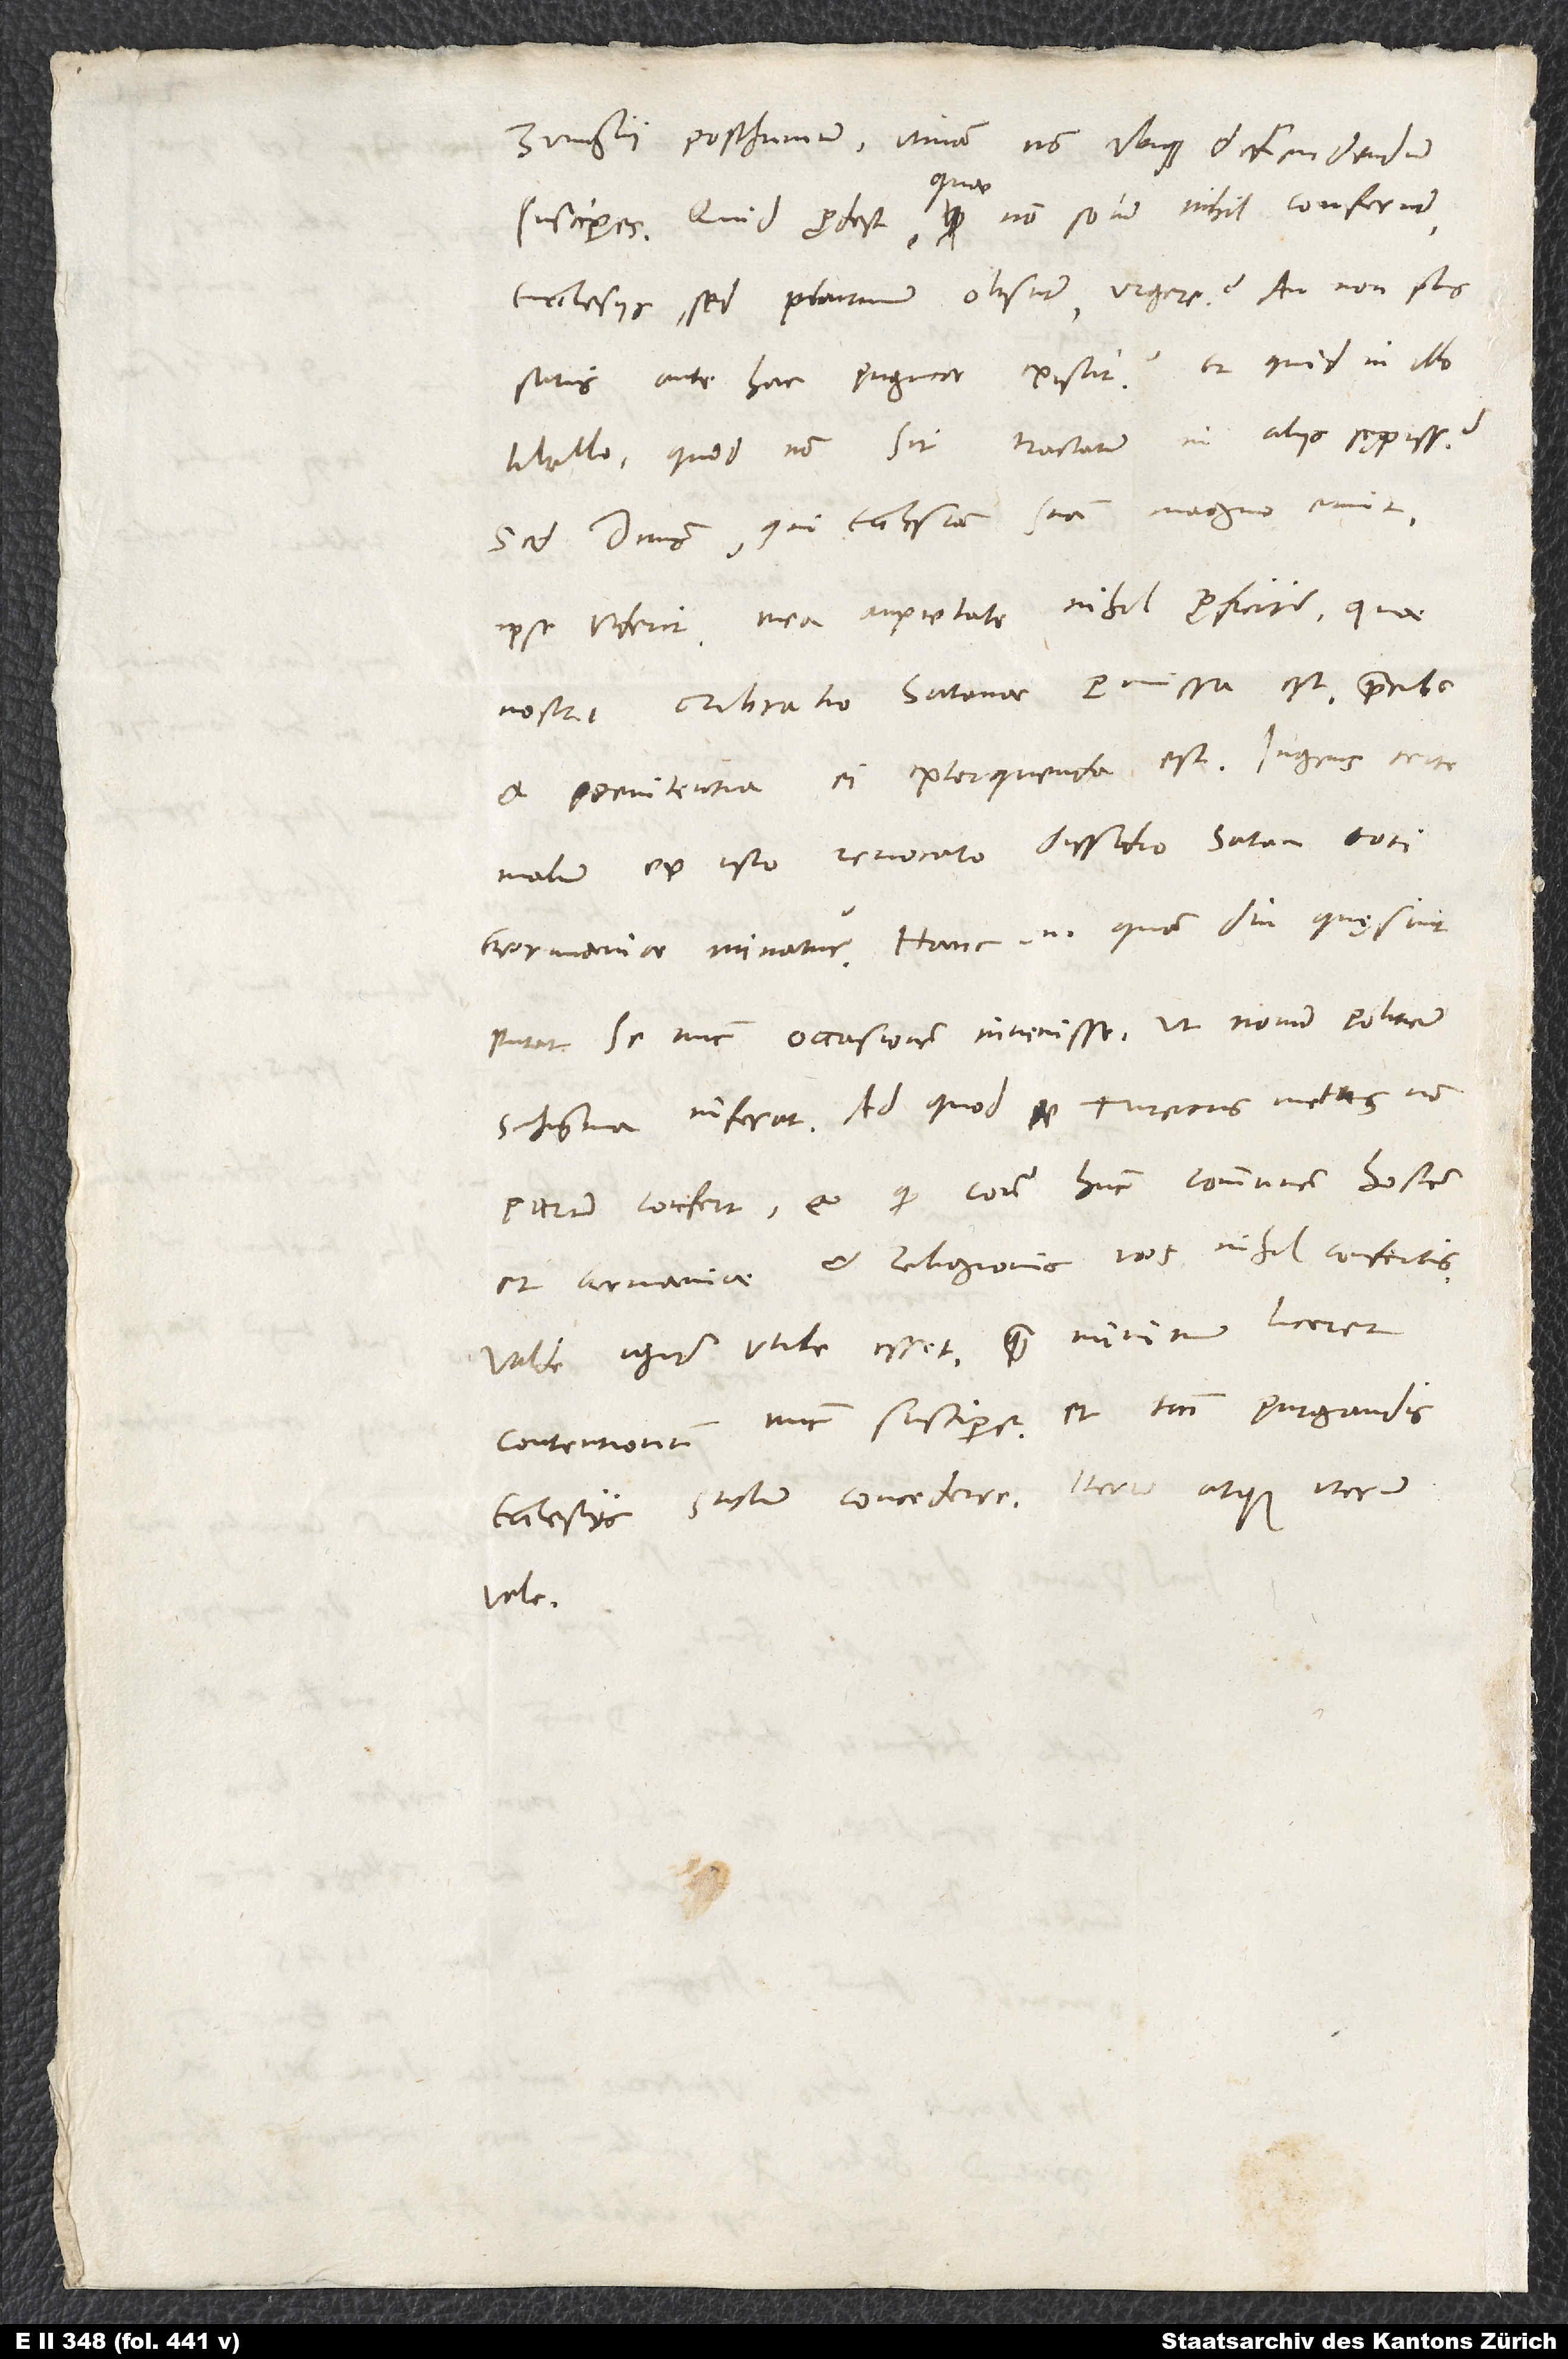
posthumum, utinam non ubique defendendum
susciperes! Quid prodest, quae non solum nihil conferunt
ecclesiis, sed plurimum obsunt, urgere? Annon plus
satis antehac pugnae existit? Et quid in illo
libello, quod non sit tractatum in aliis sępissime?
Sed dominus, qui ecclesiam suam magno emit,
ipse viderit; mea anxietate nihil proficitur. Quae
nostri cribratio satanae permissa est, precibus
malum ex isto revocato dissidio satan toti
Germaniae minatur. Hanc enim, quam diu quęsivit,
putat se nunc occasionem invenisse, ut novum politicum
schisma inferat, ad quod Turcicus metus non
parum confert, et quod contra hunc communem hostem
et Germaniae et religionis vos nihil confertis.
Valde igitur utile esset, quam minimum liceret
contentionum nunc suscipere, et tantum purgandis
vale.